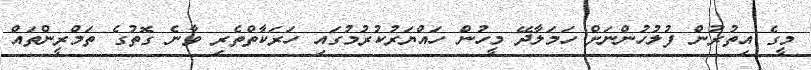
މީގެ އިތުރުން ފުލުހުންނަށް ހަމަލާދޭ މީހުން ހައްޔަރުކުރުމުގައި ހަރަކާތްތެރި ވާނެ ގޮތުގެ ތަމްރީންތައް